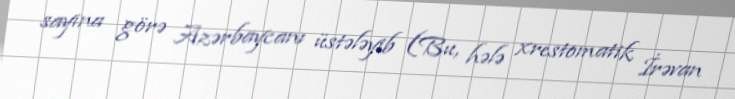
sayına görə Azərbaycanı üstələyib (Bu, hələ xrestomatik İrəvan